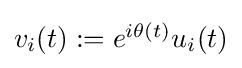
{\textstyle v_{i}(t):=e^{i\theta (t)}u_{i}(t)}